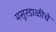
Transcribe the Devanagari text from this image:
मसूरडाळीचे